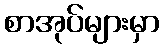
စာအုပ်များမှာ